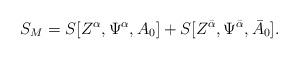
LaTeX: \begin{align*}S_{M} =S[Z^{\alpha}, \Psi^{\alpha}, A_{0}]+S[Z^{{\bar \alpha}}, \Psi^{{\bar \alpha}}, {\bar A}_{0}] .\end{align*}